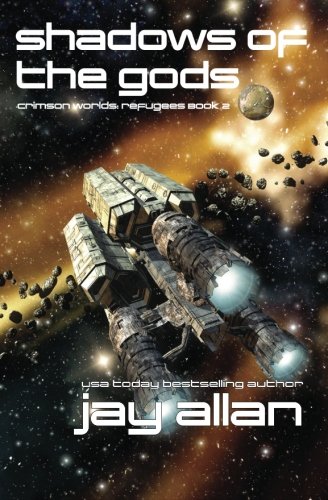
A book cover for Shadows of the Gods: Crimson Worlds Refugees II (Volume 2); Jay Allan; Science Fiction & Fantasy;